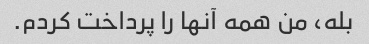
بله، من همه آنها را پرداخت کردم.